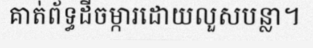
គាត់ព័ទ្ធដីចម្ការដោយលួសបន្លា។